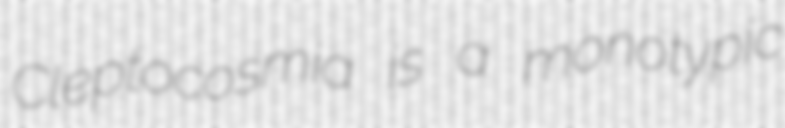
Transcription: Cleptocosmia is a monotypic